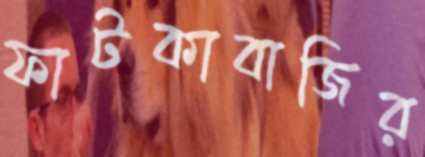
ফাটকাবাজির